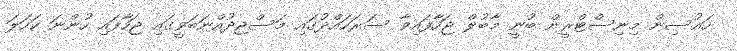
ހައުސިން މިނިސްޓްރީން ބުނީ މާބުލް ޖަހާފައިވާ ސަރަހައްދުގައި މަސްޖިދުއްނަބަވީގައި ޖަހާފައި ހުންނަ ކަހަލަ